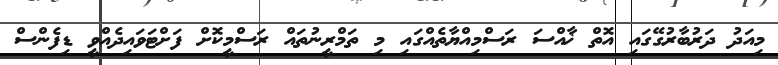
މިއަދު ދަރުބާރުގޭގައި އޮތް ޚާއްސަ ރަސްމިއްޔާތެއްގައި މި ތަމްރީނުތައް ރަސްމީކޮށް ފަށްޓަވައިދެއްވީ ޑިފެންސް